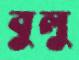
বুলু